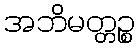
အဘိမတ္တဉ္စ